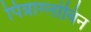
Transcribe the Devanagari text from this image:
पिन्नाग्लोबिन